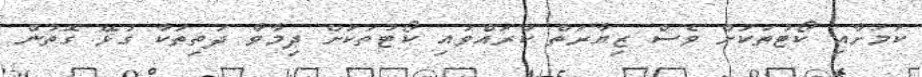
ކަމަށާއި ކޯޓުތަކަށް ވެސް ޒިޔާރަތް ކުރައްވައި ކޯޓުތަކަށް ދިމާވާ ދަތިތަކާ ގުޅޭ ގޮތުން